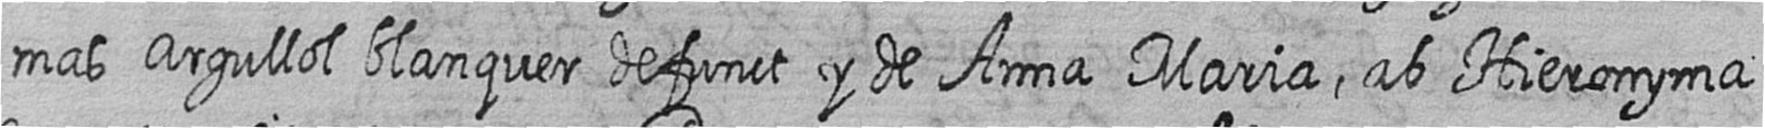
mas Argullol blanquer defunct y de Anna Maria ab Hieronyma